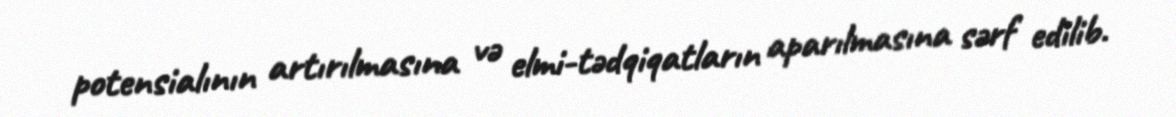
potensialının artırılmasına və elmi-tədqiqatların aparılmasına sərf edilib.